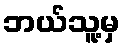
ဘယ်သူ့မှ